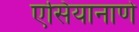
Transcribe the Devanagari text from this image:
एसियानाणे